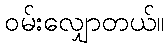
ဝမ်းလျှောတယ်။